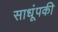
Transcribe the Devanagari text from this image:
साधूंपकी